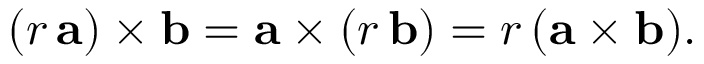
( r \, \mathbf { a } ) \times \mathbf { b } = \mathbf { a } \times ( r \, \mathbf { b } ) = r \, ( \mathbf { a } \times \mathbf { b } ) .